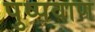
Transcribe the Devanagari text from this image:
पुष्पवाण